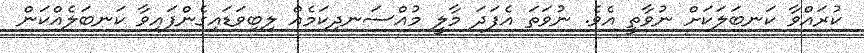
ކުރައްވާ ކަނބަލަކަށް ނުވާތީ އެވެ. ނުވަތަ އެފަދަ މާލީ މުއްސަނދިކަމެއް ލިބިވަޑައިގެންފައިވާ ކަނބަލެއްކަން